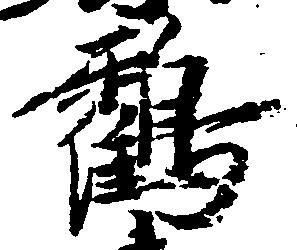
鶴